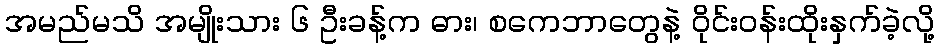
အမည်မသိ အမျိုးသား ၆ ဦးခန့်က ဓား၊ စကေဘာတွေနဲ့ ဝိုင်းဝန်းထိုးနှက်ခဲ့လို့